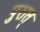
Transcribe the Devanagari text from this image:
पुरात्